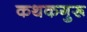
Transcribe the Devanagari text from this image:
कथकगुरू